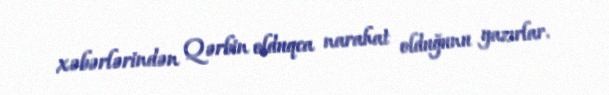
xəbərlərindən Qərbin olduqca narahat olduğunu yazırlar.